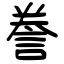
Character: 誊